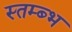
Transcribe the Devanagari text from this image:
स्तम्ब्भ